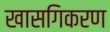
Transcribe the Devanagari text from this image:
खासगिकरण